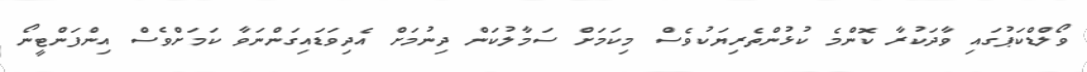
ވޯލްޑްކަޕުުގައި ވާދަކުރާ ކޮންމެ ކުޅުންތެރިޔަކުވެސް މިކަމަށް ސަމާލުކަން ދިނުމަށް އެދިވަޑައިގަންނަވާ ކަމަށްވެސް އިންފަންޓީނޯ